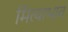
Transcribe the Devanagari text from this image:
मित्याभाव